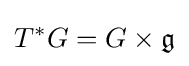
T^{*}G=G\times {\mathfrak {g}}